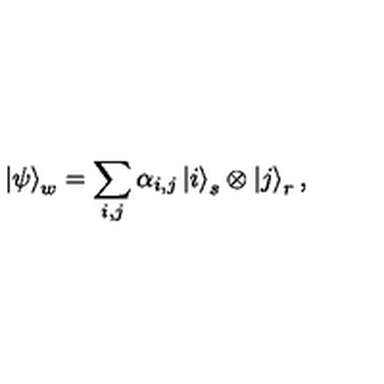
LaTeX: \left| \psi \right\rangle _ { w } = \sum _ { i , j } \alpha _ { i , j } \left| i \right\rangle _ { s } \otimes \left| j \right\rangle _ { r } ,